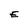
Character: E